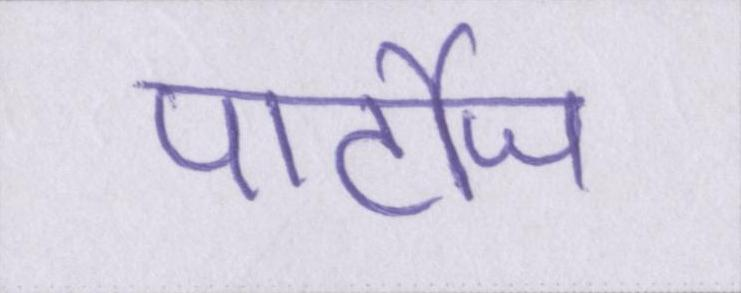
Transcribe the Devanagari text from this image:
पार्टीज